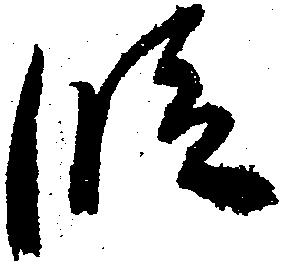
段